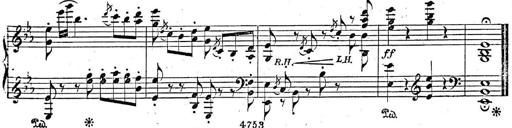
Title: 2 Sonatinas, Op.8
Composer: Hermann Goetz